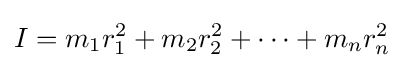
I=m_{1}r_{1}^{2}+m_{2}r_{2}^{2}+\cdots +m_{n}r_{n}^{2}